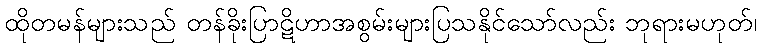
ထိုတမန်များသည် တန်ခိုးပြာဋိဟာအစွမ်းများပြသနိုင်သော်လည်း ဘုရားမဟုတ်၊